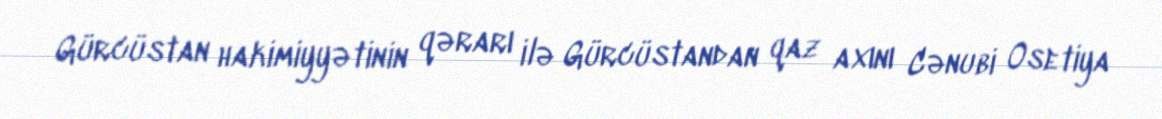
Gürcüstan hakimiyyətinin qərarı ilə Gürcüstandan qaz axını Cənubi Osetiya